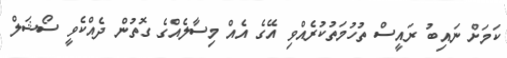
ކަމަށް ނައިބު ރައީސް ތުހުމަތުކުރެއްވި އޭގެ އެއް މިސާލެއްގެ ގޮތުން ދެއްކެވީ ސޯޝަލް